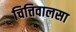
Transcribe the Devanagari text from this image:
चित्तिवालसा